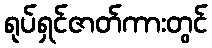
ရုပ်ရှင်ဇာတ်ကားတွင်